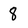
Character: 8